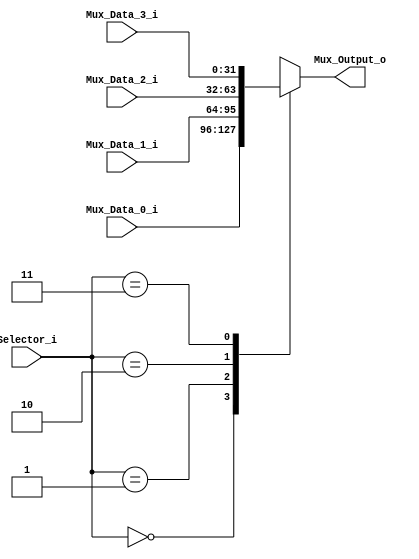
/******************************************************************
* Description
*	This is a 4 to 1 multiplexer that can be parameterized in its bit-width.
*	1.0
* Author:
*	Dr. Jos Luis Pizano Escalante
* email:
*	luispizano@iteso.mx
* Date:
*	16/08/2021
******************************************************************/

module Multiplexer_4_to_1
#(
	parameter NBits = 32
)
(
	input [1:0] Selector_i,
	input [NBits-1:0] Mux_Data_0_i,
	input [NBits-1:0] Mux_Data_1_i,
    input [NBits-1:0] Mux_Data_2_i,
    input [NBits-1:0] Mux_Data_3_i,
	
	output reg [NBits-1:0] Mux_Output_o

);

	always@(Selector_i ,Mux_Data_3_i, Mux_Data_2_i, Mux_Data_1_i, Mux_Data_0_i)
    begin
        case (Selector_i)
            0: Mux_Output_o <= Mux_Data_0_i;
            1: Mux_Output_o <= Mux_Data_1_i;
            2: Mux_Output_o <= Mux_Data_2_i;
            3: Mux_Output_o <= Mux_Data_3_i;
            default: Mux_Output_o <= 0;
        endcase
	end

endmodule